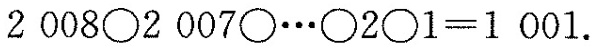
$$2 0 0 8 \bigcirc 2 0 0 7 \bigcirc … \bigcirc 2 \bigcirc 1 = 1 0 0 1$$.